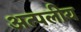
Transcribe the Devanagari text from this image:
अत्पलीय